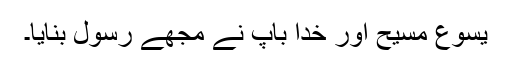
یسوع مسیح اور خدا باپ نے مجھے رسول بنایا۔